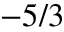
- 5 / 3